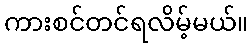
ကားစင်တင်ရလိမ့်မယ်။